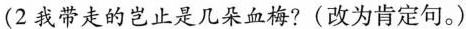
(2我带走的岂止是几朵血梅?(改为肯定句。)